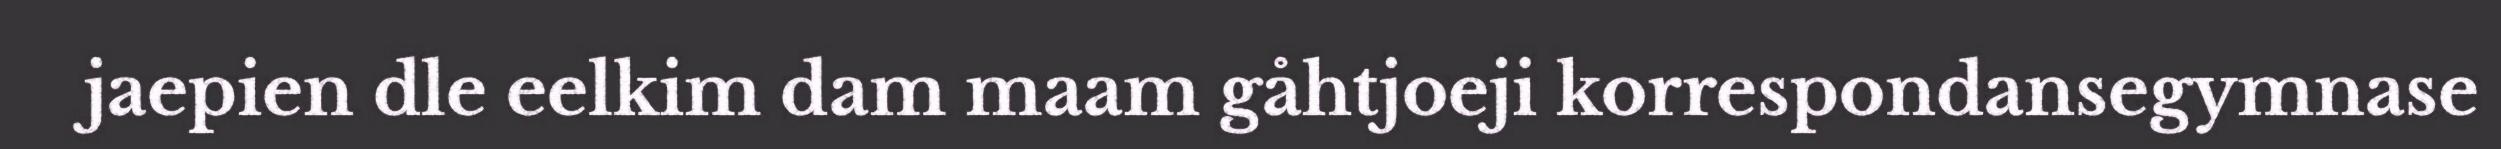
jaepien dle eelkim dam maam gåhtjoeji korrespondansegymnase